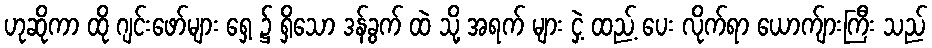
ဟုဆိုကာ ထို ဂျင်းဖော်များ ရှေ့ ၌ ရှိသော ဒန်ခွက် ထဲ သို့ အရက် များ ငှဲ့ ထည့် ပေး လိုက်ရာ ယောက်ျားကြီး သည်